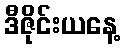
ဒီဇိုင်းယနေ့